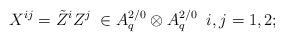
LaTeX: \begin{align*}X^{ij}=\tilde{Z}^{i}Z^{j} \; \in A^{2/0}_{q}\otimes A^{2/0}_{q}\;\; i,j=1,2;\end{align*}